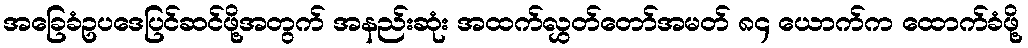
အခြေခံဥပဒေပြင်ဆင်ဖို့အတွက် အနည်းဆုံး အထက်လွှတ်တော်အမတ် ၈၄ ယောက်က ထောက်ခံဖို့